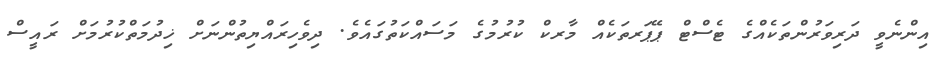
އިންނެވީ ދަރިވަރުންތަކެއްގެ ޓެސްޓް ޕޭޕަރތަކެއް މާރކް ކުރުމުގެ މަސައްކަތުގައެވެ. ދިވެހިރައްޔިތުންނަށް ޚިދުމަތްކުރުމަށް ރައީސް